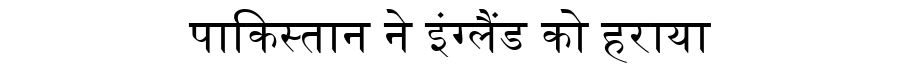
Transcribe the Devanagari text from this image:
पाकिस्तान ने इंग्लैंड को हराया